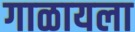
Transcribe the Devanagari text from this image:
गाळायला